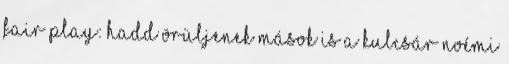
fair play: hadd örüljenek mások is a Kulcsár Noémi